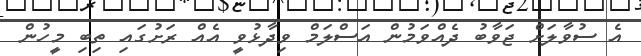
އެ ސުވާލަށް ޖަވާބު ދެއްވަމުން އަސްލަމް ވިދާޅުވީ އެއް ރަށުގައި ތިބި މީހުން